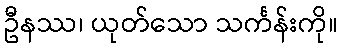
ဦနဿ၊ ယုတ်သော သင်္ကန်းကို။